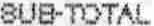
SUB-TOTAL